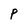
Character: P